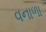
વનાળા